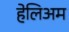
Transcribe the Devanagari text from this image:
हेलिअम